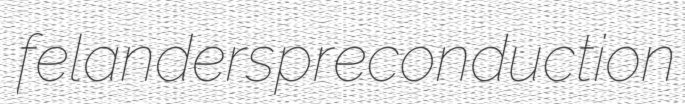
felanders preconduction